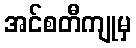
အင်စတီကျုမှ